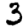
Digit: 3